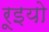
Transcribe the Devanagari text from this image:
रूइयो